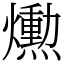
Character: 𤑛